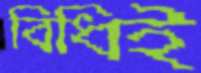
বিধিই